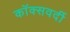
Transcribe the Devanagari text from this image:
कॉक्सवर्दी